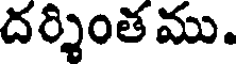
దర్శింత ము.